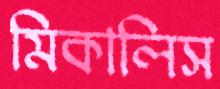
মিকালিস